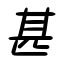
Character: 甚